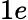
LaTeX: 1e